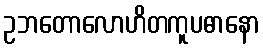
ဥဘတောလောဟိတကူပဓာနော